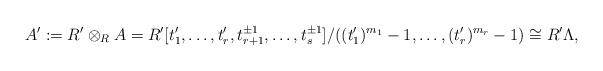
LaTeX: \begin{align*}A':=R'\otimes_R A=R'[t_1',\ldots,t_r',t_{r+1}^{\pm1},\ldots,t_s^{\pm1}]/((t_1')^{m_1}-1,\ldots,(t_r')^{m_r}-1)\cong R'\Lambda,\end{align*}